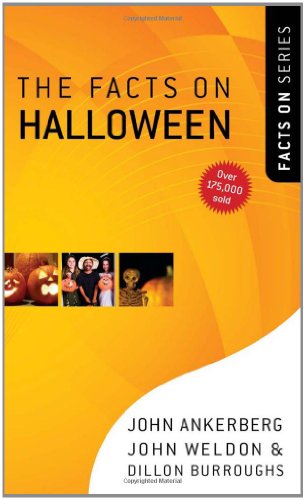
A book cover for The Facts on Halloween (The Facts On Series); John Ankerberg; Politics & Social Sciences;